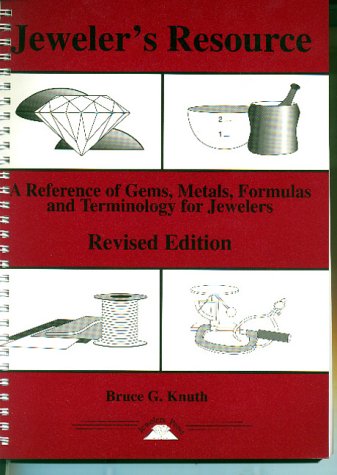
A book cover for Jeweler's Resource : A Reference of Gems, Metals, Formulas and Terminology for Jewelers (Revised Edition) (Jewelry Crafts); Bruce G. Knuth; Crafts, Hobbies & Home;